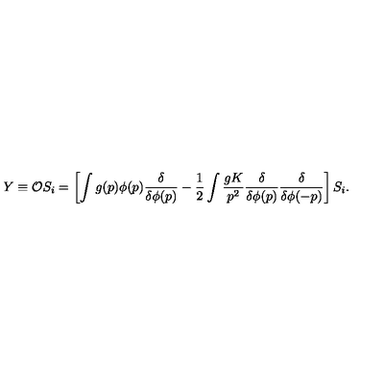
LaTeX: Y \equiv { \cal O } S _ { i } = \left[ \int g ( p ) \phi ( p ) { \frac { \delta } { \delta \phi ( p ) } } - { \frac { 1 } { 2 } } \int { \frac { g K } { p ^ { 2 } } } { \frac { \delta } { \delta \phi ( p ) } } { \frac { \delta } { \delta \phi ( - p ) } } \right] S _ { i } .